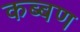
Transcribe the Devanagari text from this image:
कब्बण